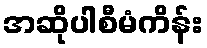
အဆိုပါစီမံကိန်း